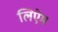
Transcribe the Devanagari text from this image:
लिऐम